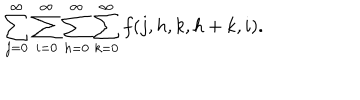
\sum _ { j = 0 } ^ { \infty } \sum _ { i = 0 } ^ { \infty } \sum _ { h = 0 } ^ { \infty } \sum _ { k = 0 } ^ { \infty } f ( j , h , k , h + k , i ) .